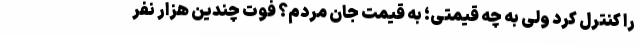
را کنترل کرد ولی به چه قیمتی؛ به قیمت جان مردم؟ فوت چندین هزار نفر